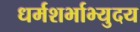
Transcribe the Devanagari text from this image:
धर्मशर्भाभ्युदय